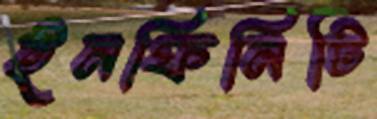
ইনফিনিটি